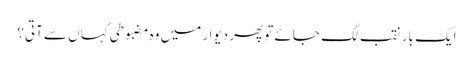
ایک بار نقب لگ جائے تو پھر دیوار میں وہ مضبوطی کہاں سے آتی؟